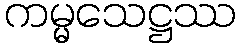
ကမ္မသေဋ္ဌဿ